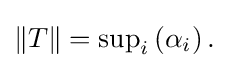
{\textstyle \|T\|=\sup _{i}\left(\alpha _{i}\right).}